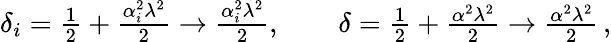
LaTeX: \begin{array}{r}{\delta_{i}={\frac{1}{2}}+{\frac{\alpha_{i}^{2}\lambda^{2}}{2}}\to{\frac{\alpha_{i}^{2}\lambda^{2}}{2}},\quad\quad\delta={\frac{1}{2}}+{\frac{\alpha^{2}\lambda^{2}}{2}}\to{\frac{\alpha^{2}\lambda^{2}}{2}}\, ,}\end{array}